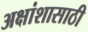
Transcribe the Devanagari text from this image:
अक्षांशासाठी